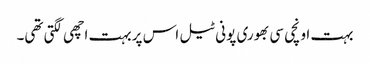
بہت اونچی سی بھوری پونی ٹیل اس پر بہت اچھی لگتی تھی۔